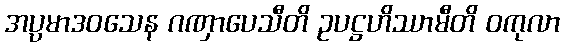
အပ္ပမာဒဝသေန ဂဏှာပေသီတိ ဥပဋ္ဌဟိဿာမီတိ ဝကုလာ